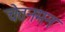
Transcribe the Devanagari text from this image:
चेतनमन